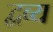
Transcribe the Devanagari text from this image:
द्वव्य